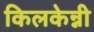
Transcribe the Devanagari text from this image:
किलकेन्नी